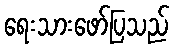
ရေးသားဖော်ပြသည်